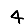
Digit: 4